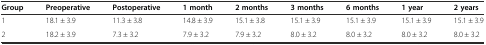
<table><thead><tr><td><b>Group</b></td><td><b>Preoperative</b></td><td><b>Postoperative</b></td><td><b>1 month</b></td><td><b>2 months</b></td><td><b>3 months</b></td><td><b>6 months</b></td><td><b>1 year</b></td><td><b>2 years</b></td></tr></thead><tbody><tr><td>1</td><td>18.1 ± 3.9</td><td>11.3 ± 3.8</td><td>14.8 ± 3.9</td><td>15.1 ± 3.8</td><td>15.1 ± 3.9</td><td>15.1 ± 3.9</td><td>15.1 ± 3.9</td><td>15.1 ± 3.9</td></tr><tr><td>2</td><td>18.2 ± 3.9</td><td>7.3 ± 3.2</td><td>7.9 ± 3.2</td><td>7.9 ± 3.2</td><td>8.0 ± 3.2</td><td>8.0 ± 3.2</td><td>8.0 ± 3.2</td><td>8.0 ± 3.2</td></tr></tbody></table>